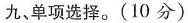
九、单项选择。(10 分)